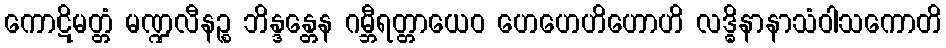
ကောဋိမတ္တံ မဏ္ဍလီနဉ္စ ဘိန္ဒန္တေန ဂမ္ဘီရတ္တာယေဝ ဟေဟေဟိဟောဟိ လဒ္ဓိနာနာသံဝါသကောတိ